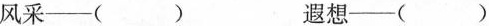
风采—() 遐想—()